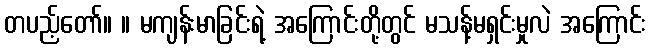
တပည့်တော်။ ။ မကျန်းမာခြင်းရဲ့ အကြောင်းတို့တွင် မသန့်မရှင်းမှုလဲ အကြောင်း